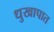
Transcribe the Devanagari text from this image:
धुखापात